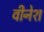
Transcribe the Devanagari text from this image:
वीनेश